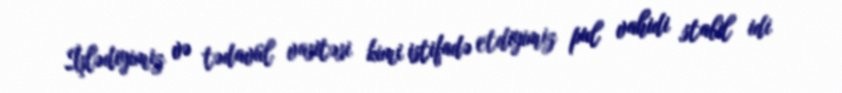
İşlədiyimiz və tədavül vasitəsi kimi istifadə etdiyimiz pul vahidi stabil idi